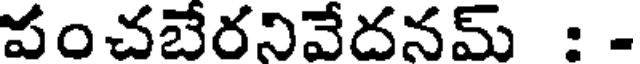
పంచబేరనివేదనమ్ : -